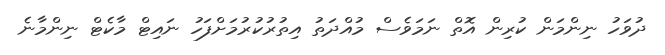
ދުވަހު ނިންމަން ކުރިން އޮތް ނަމަވެސް މުއްދަތު އިތުރުކުރުމަށްފަހު ނައިޓް މާކެޓް ނިންމާނެ